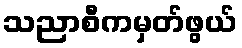
သညာစီကမှတ်ဖွယ်